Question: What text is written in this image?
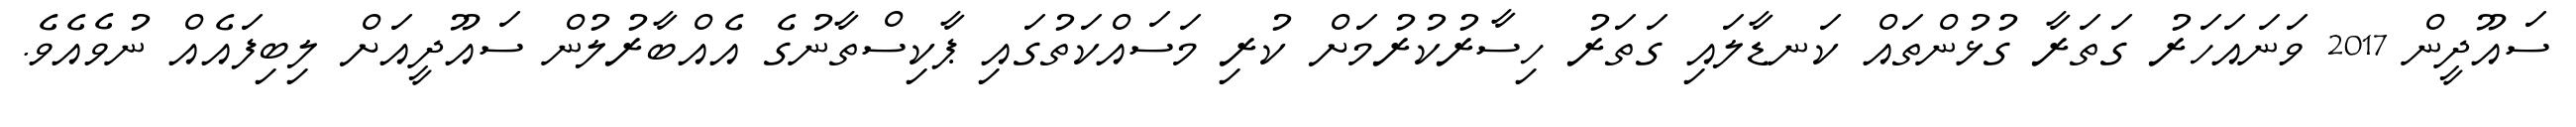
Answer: ސައޫދީން 2017 ވަނައަހަރު ގަތަރާ ގުޅުންތައް ކަނޑާލައި ގަތަރު ހިސާރުކުރުމަށް ކުރި މަސައްކަތުގައި ޕާކިސްތާނުގެ އެއްބާރުލުން ސައޫދީއަށް ލިބިފައެއް ނުވެއެވެ.